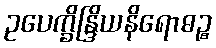
ဥပေက္ခိန္ဒြိယနိရောဓဉ္စ